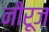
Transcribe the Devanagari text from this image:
नौरूज़